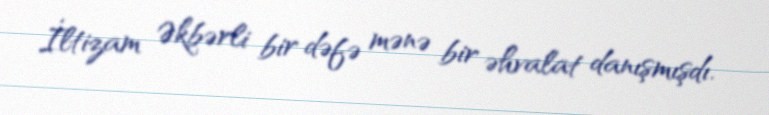
İltizam Əkbərli bir dəfə mənə bir əhvalat danışmışdı.